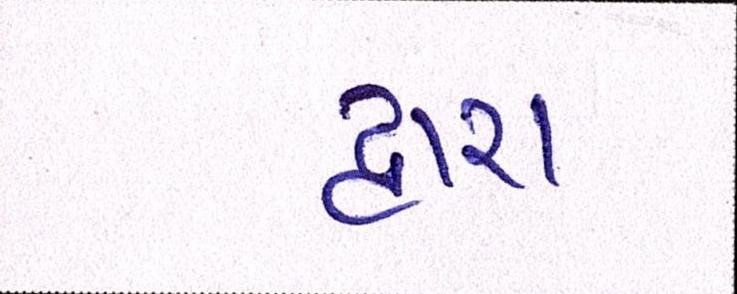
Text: દ્ધારા